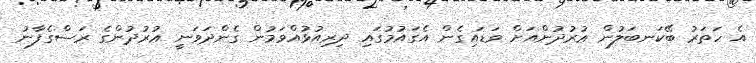
އެ ހަތަރު ބޭކަނބަލުން ޢުރުދުންއަށް ވަޑައިގެން އެގައުމުގައި ދިރިއުޅުއްވަމުން ގެންދަވަނީ ޢުރުދުންގެ ރަސްގެފާނު